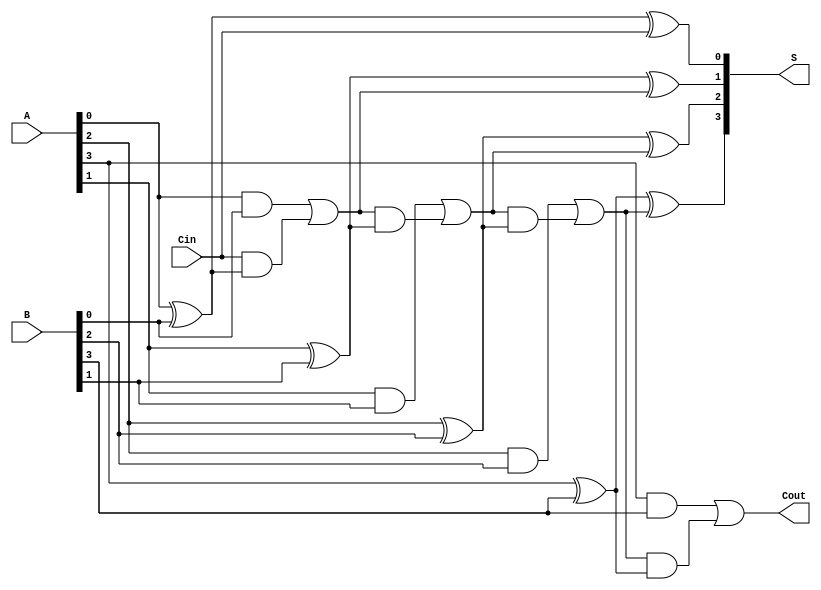
module conditional_sum_adder #(parameter N = 4) (
    input  [N-1:0] A,      // N-bit input A
    input  [N-1:0] B,      // N-bit input B
    input         Cin,      // Carry-in
    output [N-1:0] S,      // N-bit sum output
    output        Cout      // Carry-out
);

    wire [N:0] carry;       // Carry signals
    wire [N-1:0] sum;       // Intermediate sum outputs

    // Generate carry for each bit
    assign carry[0] = Cin; // Initial carry-in

    genvar i;
    generate
        // Half Adder for the least significant bit
        // Sum and carry for the least significant bit
        assign sum[0] = A[0] ^ B[0] ^ carry[0];
        assign carry[1] = (A[0] & B[0]) | (carry[0] & (A[0] ^ B[0]));

        // Full Adders for the remaining bits
        for (i = 1; i < N; i = i + 1) begin : full_adders
            assign sum[i] = A[i] ^ B[i] ^ carry[i];
            assign carry[i + 1] = (A[i] & B[i]) | (carry[i] & (A[i] ^ B[i]));
        end
    endgenerate

    // Final sum output
    assign S = sum;

    // Final carry-out
    assign Cout = carry[N];

endmodule